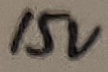
Text: 15V